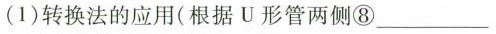
(1)转换法的应用(根据U形管两侧⑧___